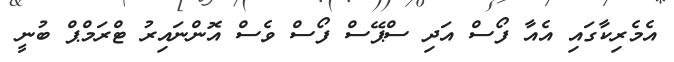
އެމެރިކާގައި އެއާ ފޯސް އަދި ސްޕޭސް ފޯސް ވެސް އޮންނައިރު ޓްރަމްޕް ބުނީ